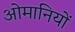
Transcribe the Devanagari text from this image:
ओमानियों